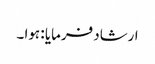
ارشاد فرمایا : ہوا ۔